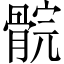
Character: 䯘